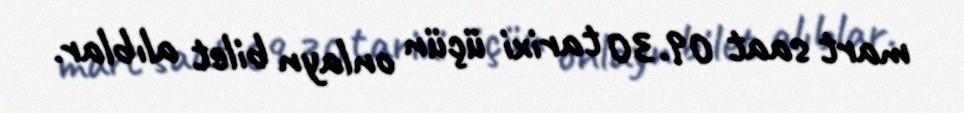
mart saat 09.30 tarixi üçün onlayn bilet alıblar.